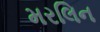
મરલિન